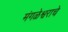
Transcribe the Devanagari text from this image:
मंगळेश्वराचे